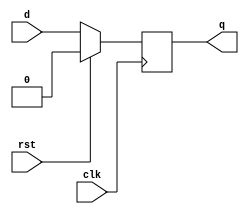
// D-flipflop
`timescale 100ps/1ps
module dff (q, d, clk, rst);

    output         q;
    input          d;
    input          clk;
    input          rst;

    reg            state;

    assign #(1) q = state;

    always @(posedge clk) begin
      state = rst? 0 : d;
    end

endmodule